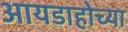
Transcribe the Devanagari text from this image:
आयडाहोच्या